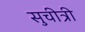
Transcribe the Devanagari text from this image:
सुचीत्री